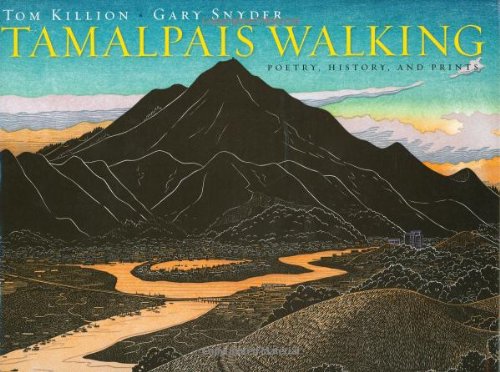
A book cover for Tamalpais Walking: Poetry, History, and Prints; Gary Snyder; Arts & Photography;